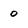
Character: 0